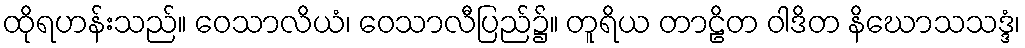
ထိုရဟန်းသည်။ ဝေသာလိယံ၊ ဝေသာလီပြည်၌။ တူရိယ တာဠိတ ဝါဒိတ နိဃောသသဒ္ဒံ၊